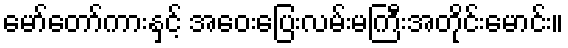
မော်တော်ကားနှင့် အဝေးပြေးလမ်းမကြီးအတိုင်းမောင်း။